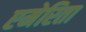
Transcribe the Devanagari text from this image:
एमेरिता